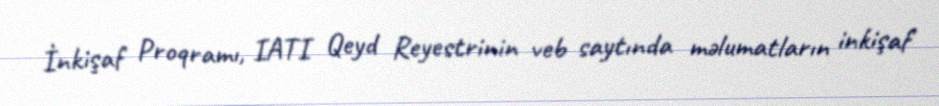
İnkişaf Proqramı, IATI Qeyd Reyestrinin veb saytında məlumatların inkişaf